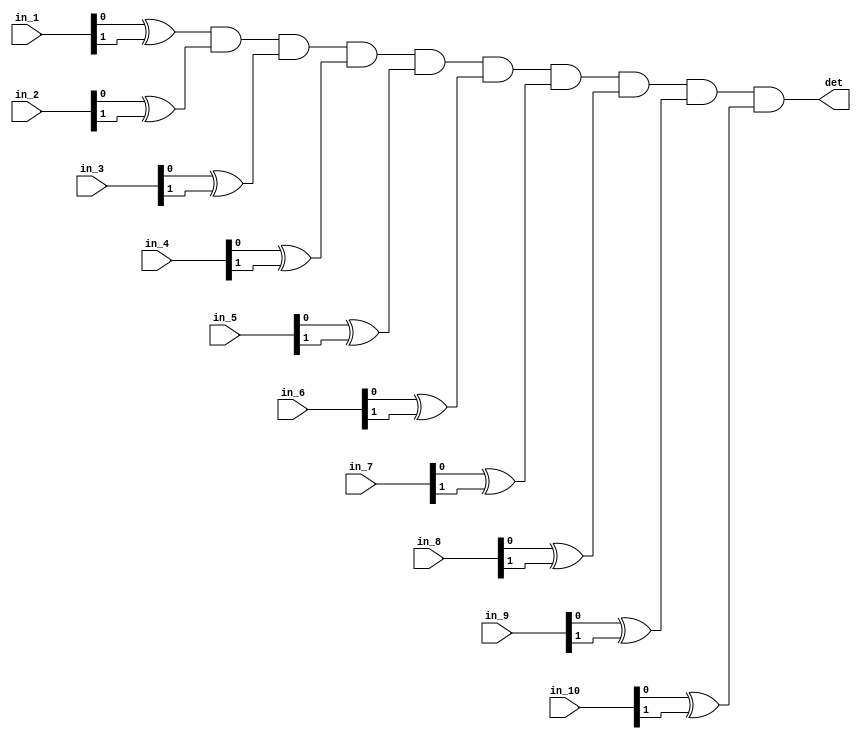
module det10_input(input [1:0] in_1, in_2, in_3,in_4,in_5,
							in_6,in_7,in_8,in_9,in_10,
						output det);
						
wire det1, det2, det3, det4, det5, det6, det7, det8, det9, det10;

xor (det1, in_1[0],in_1[1]);
xor (det2, in_2[0],in_2[1]);
xor (det3, in_3[0],in_3[1]);
xor (det4, in_4[0],in_4[1]);
xor (det5, in_5[0],in_5[1]);
xor (det6, in_6[0],in_6[1]);
xor (det7, in_7[0],in_7[1]);
xor (det8, in_8[0],in_8[1]);
xor (det9, in_9[0],in_9[1]);
xor (det10,in_10[0],in_10[1]);
and (det,  det1, det2, det3,det4,det5,det6,det7,det8,det9,det10);
						
						
endmodule